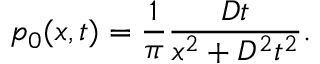
p _ { 0 } ( x , t ) = \frac { 1 } { \pi } \frac { D t } { x ^ { 2 } + D ^ { 2 } t ^ { 2 } } .